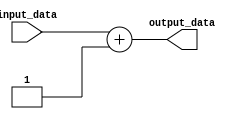
module my_task (
  input [7:0] input_data,
  output [7:0] output_data
);

// Declare the task
task my_task;
  input [7:0] task_input;
  output [7:0] task_output;

  begin
    // Describe the functionality of the task
    // Implement your code here
    task_output = task_input + 1;
  end
endtask

// Call the task from within the module
initial begin
  my_task(input_data, output_data);
end

endmodule